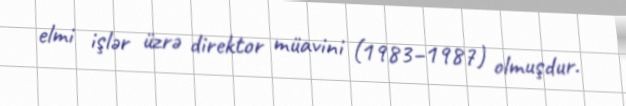
elmi işlər üzrə direktor müavini (1983–1987) olmuşdur.